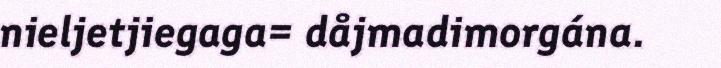
nieljetjiegaga= dåjmadimorgána.